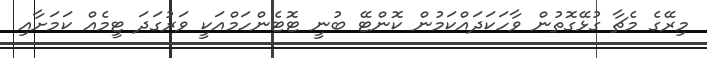
މިރޭގެ މެޗާ ގުޅޭގޮތުން ވާހަކަދައްކަމުން ކޮންޓޭ ބުނީ ޓޮޓެންހަމްއަކީ ވަރުގަދަ ޓީމެއް ކަމަށާއި